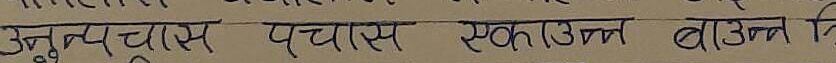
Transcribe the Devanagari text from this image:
उनुत्पचास पचास एकाउन्न बाउन्न